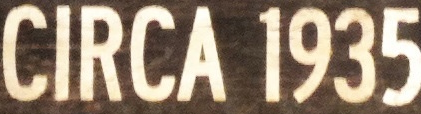
CIRCA 1935